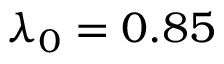
\lambda _ { 0 } = 0 . 8 5